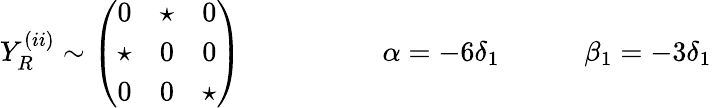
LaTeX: Y_{R}^{(ii)}\sim\left(\begin{array}{ccc}{{0}}&{{\star}}&{{0}}\\ {{\star}}&{{0}}&{{0}}\\ {{0}}&{{0}}&{{\star}}\end{array}\right)\qquad\qquad\quad\alpha=-6\delta_{1}\qquad\quad\beta_{1}=-3\delta_{1}